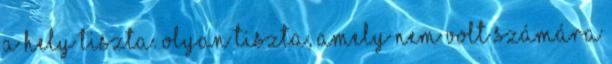
A hely tiszta. Olyan tiszta, amely nem volt számára